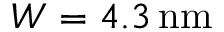
W = 4 . 3 \, \mathrm { n m }